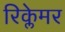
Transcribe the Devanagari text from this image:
रिक्लेमर